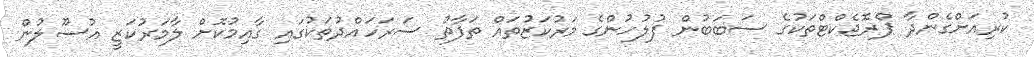
ކުރިއަށްގެންދާ ޕްރޮޖެކްޓްތަކުގެ ސަބަބުން ފުލުހުންގެ މަރުކަޒުތައް ތަފާތު ސަރަހައްދުތަކުގައި ގާއިމުކޮށް ލާމަރުކަޒީ އުސޫލުން